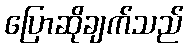
ပြောဆိုချက်သည်